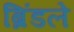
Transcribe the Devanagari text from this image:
ब्रिंडले